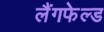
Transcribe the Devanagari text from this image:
लैंगफेल्ड